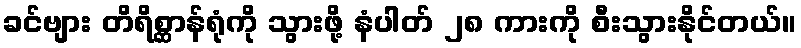
ခင်ဗျား တိရိစ္ဆာန်ရုံကို သွားဖို့ နံပါတ် ၂၈ ကားကို စီးသွားနိုင်တယ်။